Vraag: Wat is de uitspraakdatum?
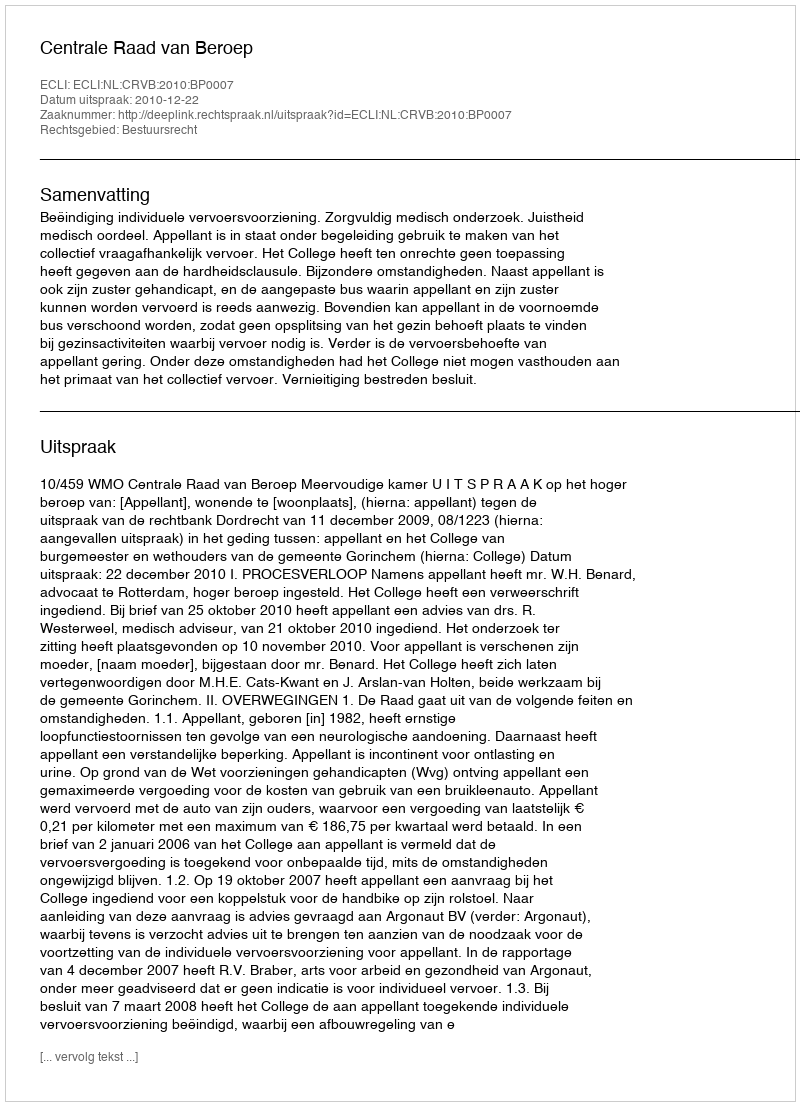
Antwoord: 2010-12-22